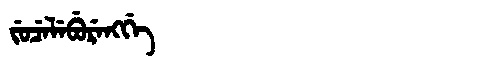
Manchu: ᠵᡠᠴᡝᠯᡝᠪᡠᡵᡝᠩᡤᡝ
Romanization: JUCELEBURENGGE